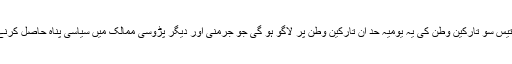
لائٹنر کا کہنا تھا کہ بتیس سو تارکین وطن کی یہ یومیہ حد ان تارکین وطن پر لاگو ہو گی جو جرمنی اور دیگر پڑوسی ممالک میں سیاسی پناہ حاصل کرنے کے خواہش مند ہیں۔